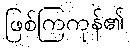
ဖြစ်ကြကုန်၏